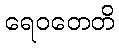
ရေဝတေတိ